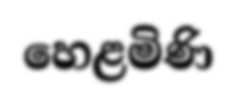
හෙළමිණි